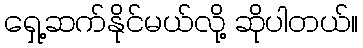
ရှေ့ဆက်နိုင်မယ်လို့ ဆိုပါတယ်။